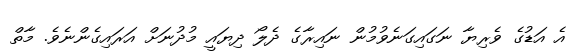
އެ އަޑުގެ ވެރިޔާ ނަގައިގަނެވުމުން ނައިރާގެ ދެލޯ ދިޔައީ މުދުނަށް އަރައިގެންނެވެ. މާތް